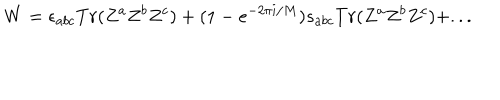
W = \epsilon _ { a b c } T r ( Z ^ { a } Z ^ { b } Z ^ { c } ) + ( 1 - e ^ { - 2 \pi i / M } ) s _ { a b c } T r ( Z ^ { a } Z ^ { b } Z ^ { c } ) + . . .